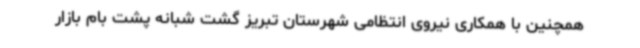
همچنین با همکاری نیروی انتظامی شهرستان تبریز گشت شبانه پشت بام بازار